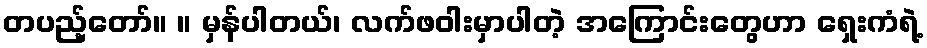
တပည့်တော်။ ။ မှန်ပါတယ်၊ လက်ဖဝါးမှာပါတဲ့ အကြောင်းတွေဟာ ရှေးကံရဲ့